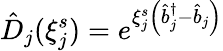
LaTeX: \hat{D}_{j}(\xi_{j}^{s})=e^{\xi_{j}^{s}\left(\hat{b}_{j}^{\dagger}-\hat{b}_{j}\right)}